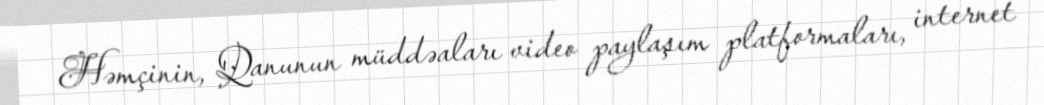
Həmçinin, Qanunun müddəaları video paylaşım platformaları, internet